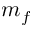
m _ { f }